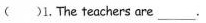
( )1.The teachers are ___.